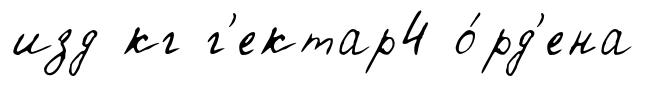
изд кг г'ектар4 о́рд'ена